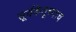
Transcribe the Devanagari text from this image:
सूर्यकेतूच्याच